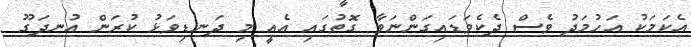
އެކަމަކު އަހުމަދު ވެސް ދެކެވަޑައިގަންނަވާ ގޮތުގައި އެއީ މި ދަނޑިވަޅު ކުރަން އުނދަގޫ